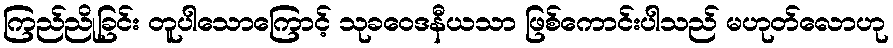
ကြည်ညိုခြင်း တူပါသောကြောင့် သုခဝေဒနီယသာ ဖြစ်ကောင်းပါသည် မဟုတ်လောဟု